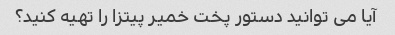
آیا می توانید دستور پخت خمیر پیتزا را تهیه کنید؟